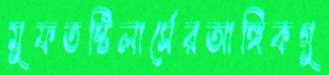
মুফতস্টিলার্সেরআঙ্গিকগু